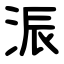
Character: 浱